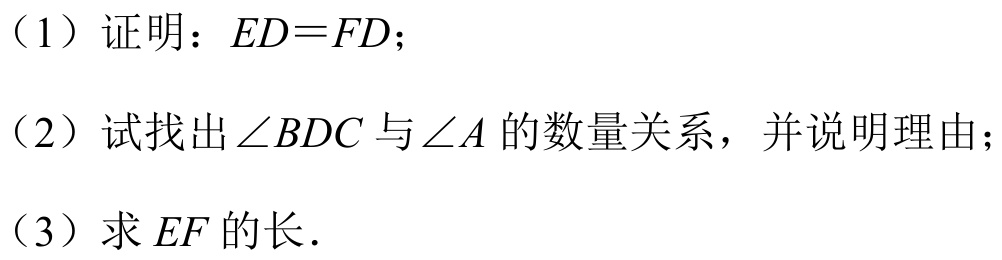
（1）证明：$ED = FD$；
（2）试找出$\angle BDC$与$\angle A$的数量关系，并说明理由；
（3）求$EF$的长．